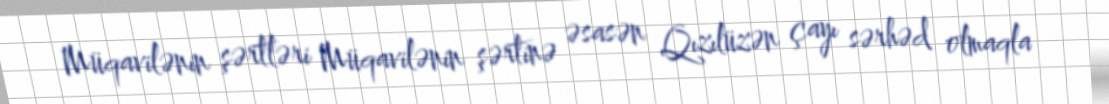
Müqavilənin şərtləri Müqavilənin şərtinə əsasən Qızılüzən çayı sərhəd olmaqla